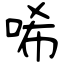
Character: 唏